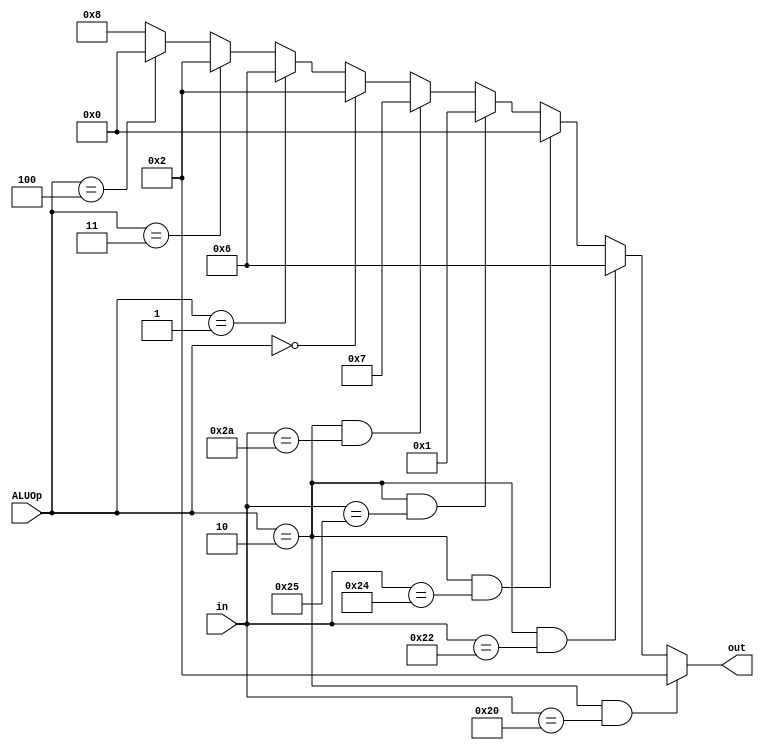
`timescale 1ns / 1ps
module ALUcontrol(in, ALUOp, out);
	input [5:0] in;
	input [2:0] ALUOp;
	output reg [3:0] out;
	
	always@(ALUOp or in)
	begin
		if (ALUOp==3'b010 && in==6'b100000) out<=4'b0010; //add
		else if (ALUOp==3'b010 && in==6'b100010) out<=4'b0110; //sub
		else if (ALUOp==3'b010 && in==6'b100100) out<=4'b0000; //and
		else if (ALUOp==3'b010 && in==6'b100101) out<=4'b0001; //or
		else if (ALUOp==3'b010 && in==6'b101010) out<=4'b0111; //slt
		else if (ALUOp==3'b000) out<=4'b0010; //lw or sw
		else if (ALUOp==3'b001) out<=4'b0110; //beq or bne
		else if (ALUOp==3'b011) out<=4'b0010; //addi
		else if (ALUOp==3'b100) out<=4'b0000; //andi
		else out<=4'b1000; //j
	end
endmodule